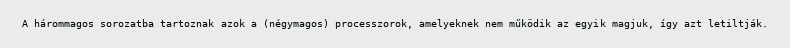
A hárommagos sorozatba tartoznak azok a (négymagos) processzorok, amelyeknek nem működik az egyik magjuk, így azt letiltják.